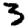
Digit: 3